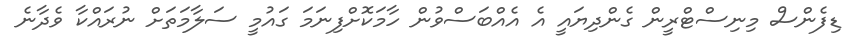
ޑިފެންސް މިނިސްޓްރީން ގެންދިޔައީ އެ އެއްބަސްވުން ހާމަކޮށްފިނަމަ ގައުމީ ސަލާމަތަށް ނުރައްކާ ވެދާނެ